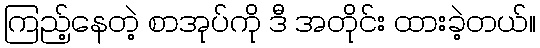
ကြည့်နေတဲ့ စာအုပ်ကို ဒီ အတိုင်း ထားခဲ့တယ်။